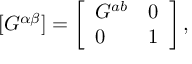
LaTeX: [ G ^ { \alpha \beta } ] = \left[ \begin{array} { l r } { { G ^ { a b } } } & { { 0 } } \\ { { 0 } } & { { 1 } } \end{array} \right] ,